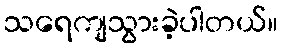
သရေကျသွားခဲ့ပါတယ်။